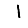
Digit: 1